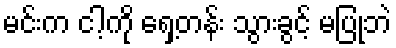
မင်းက ငါ့ကို ရှေ့တန်း သွားခွင့် မပြုဘဲ